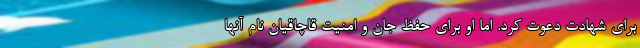
برای شهادت دعوت کرد. اما او برای حفظ جان و امنیت قاچاقیان نام آنها